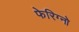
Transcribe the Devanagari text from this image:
फेरिग्नो